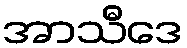
အာသီဒေ